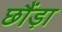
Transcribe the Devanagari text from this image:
छौंड़ा